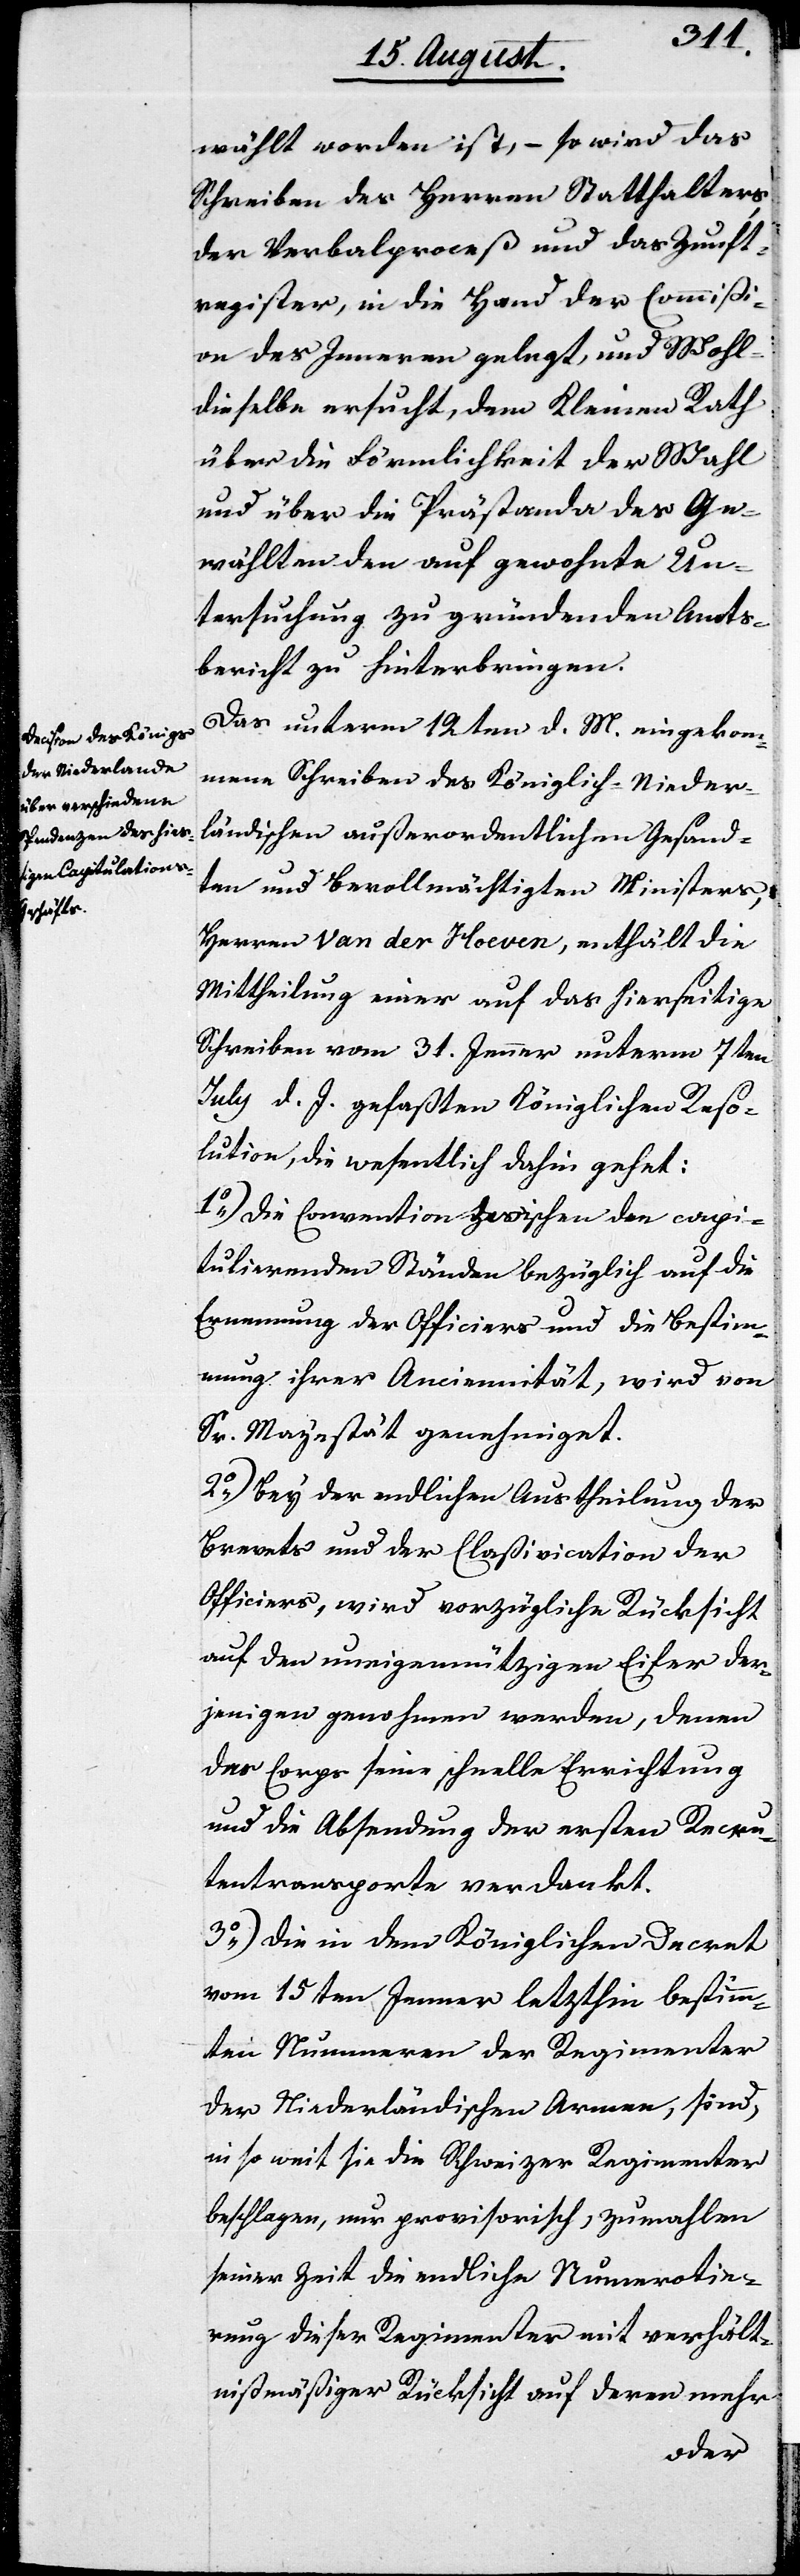
wählt worden ist, – so wird das
Schreiben des Herren Statthalters,
der Verbalproceß und das Zunft¬
register, in die Hand der Commißi¬
on des Innern gelegt, und Wohl¬
dieselbe ersucht, dem Kleinen Rath
über die Förmlichkeit der Wahl
und über die Prästanda des Ge¬
wählten den auf gewohnter Un¬
tersuchung zu gründenden Amts¬
bericht zu hinterbringen.
Das unterm 12ten d. M. eingekom¬
mene Schreiben des Königlich-Nieder¬
ländischen außerordentlichen Gesand¬
ten und Bevollmächtigten Ministers,
Herren Van der Hoeven, enthält die
Mittheilung einer auf das hierseitige
Schreiben vom 31sten Jenner unterm 7ten
July d. J. gefaßten Königlichen Reso¬
lution, die wesentlich dahin gehet:
1.) Die Convention zwischen den capi¬
tulierenden Ständen bezüglich auf die
Ernennung der Officiers und die Bestimm¬
ung ihrer Anciennität, wird von
Sr. Majestät genehmiget.
2.) Bey der endlichen Austheilung der
Brevets und der Claßification der
Officiers, wird vorzügliche Rücksicht
auf den uneigennützigen Eifer der¬
jenigen genohmen werden, denen
das Corps seine schnelle Errichtung
und die Absendung der ersten Recru¬
tentransporte verdankt.
3.) Die in dem Königlichen Decret
vom 15ten Jenner letzthin bestimm¬
ten Nummeren der Regimenter
der Niederländischen Armee, sind,
in so weit sie die Schweizer Regimenter
beschlagen, nur provisorisch, zumahlen
seiner Zeit die endliche Numerotie¬
rung dieser Regimenter mit verhält¬
nißmäßiger Rücksicht auf deren mehr